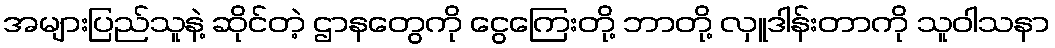
အများပြည်သူနဲ့ ဆိုင်တဲ့ ဌာနတွေကို ငွေကြေးတို့ ဘာတို့ လှူဒါန်းတာကို သူဝါသနာ